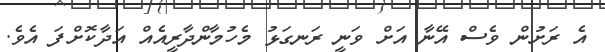
އެ ރަށުން ވެސް އޭނާ އަށް ވަނީ ރަނގަޅު މެހުމާންދާރީއެއް އަދާކޮށްފަ އެވެ.